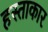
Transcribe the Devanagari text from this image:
हस्ताकार